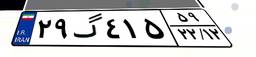
۲۹گ۴۱۵۵۹